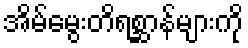
အိမ်မွေးတိရစ္ဆာန်များကို